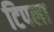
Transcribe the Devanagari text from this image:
टिपला